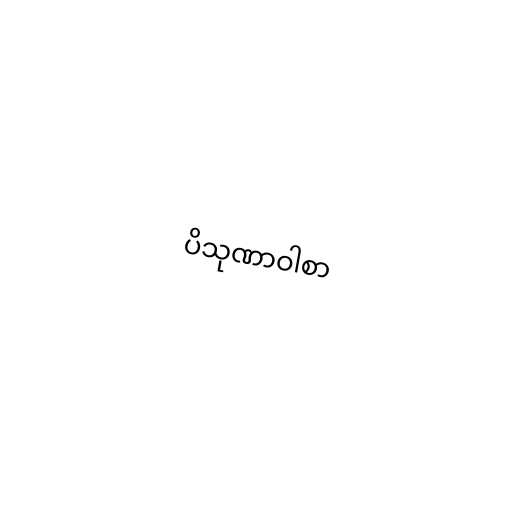
ပိသုဏာဝါစာ